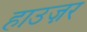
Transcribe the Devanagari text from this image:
हाउज़र